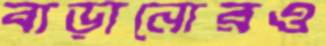
বাড়ানোরও